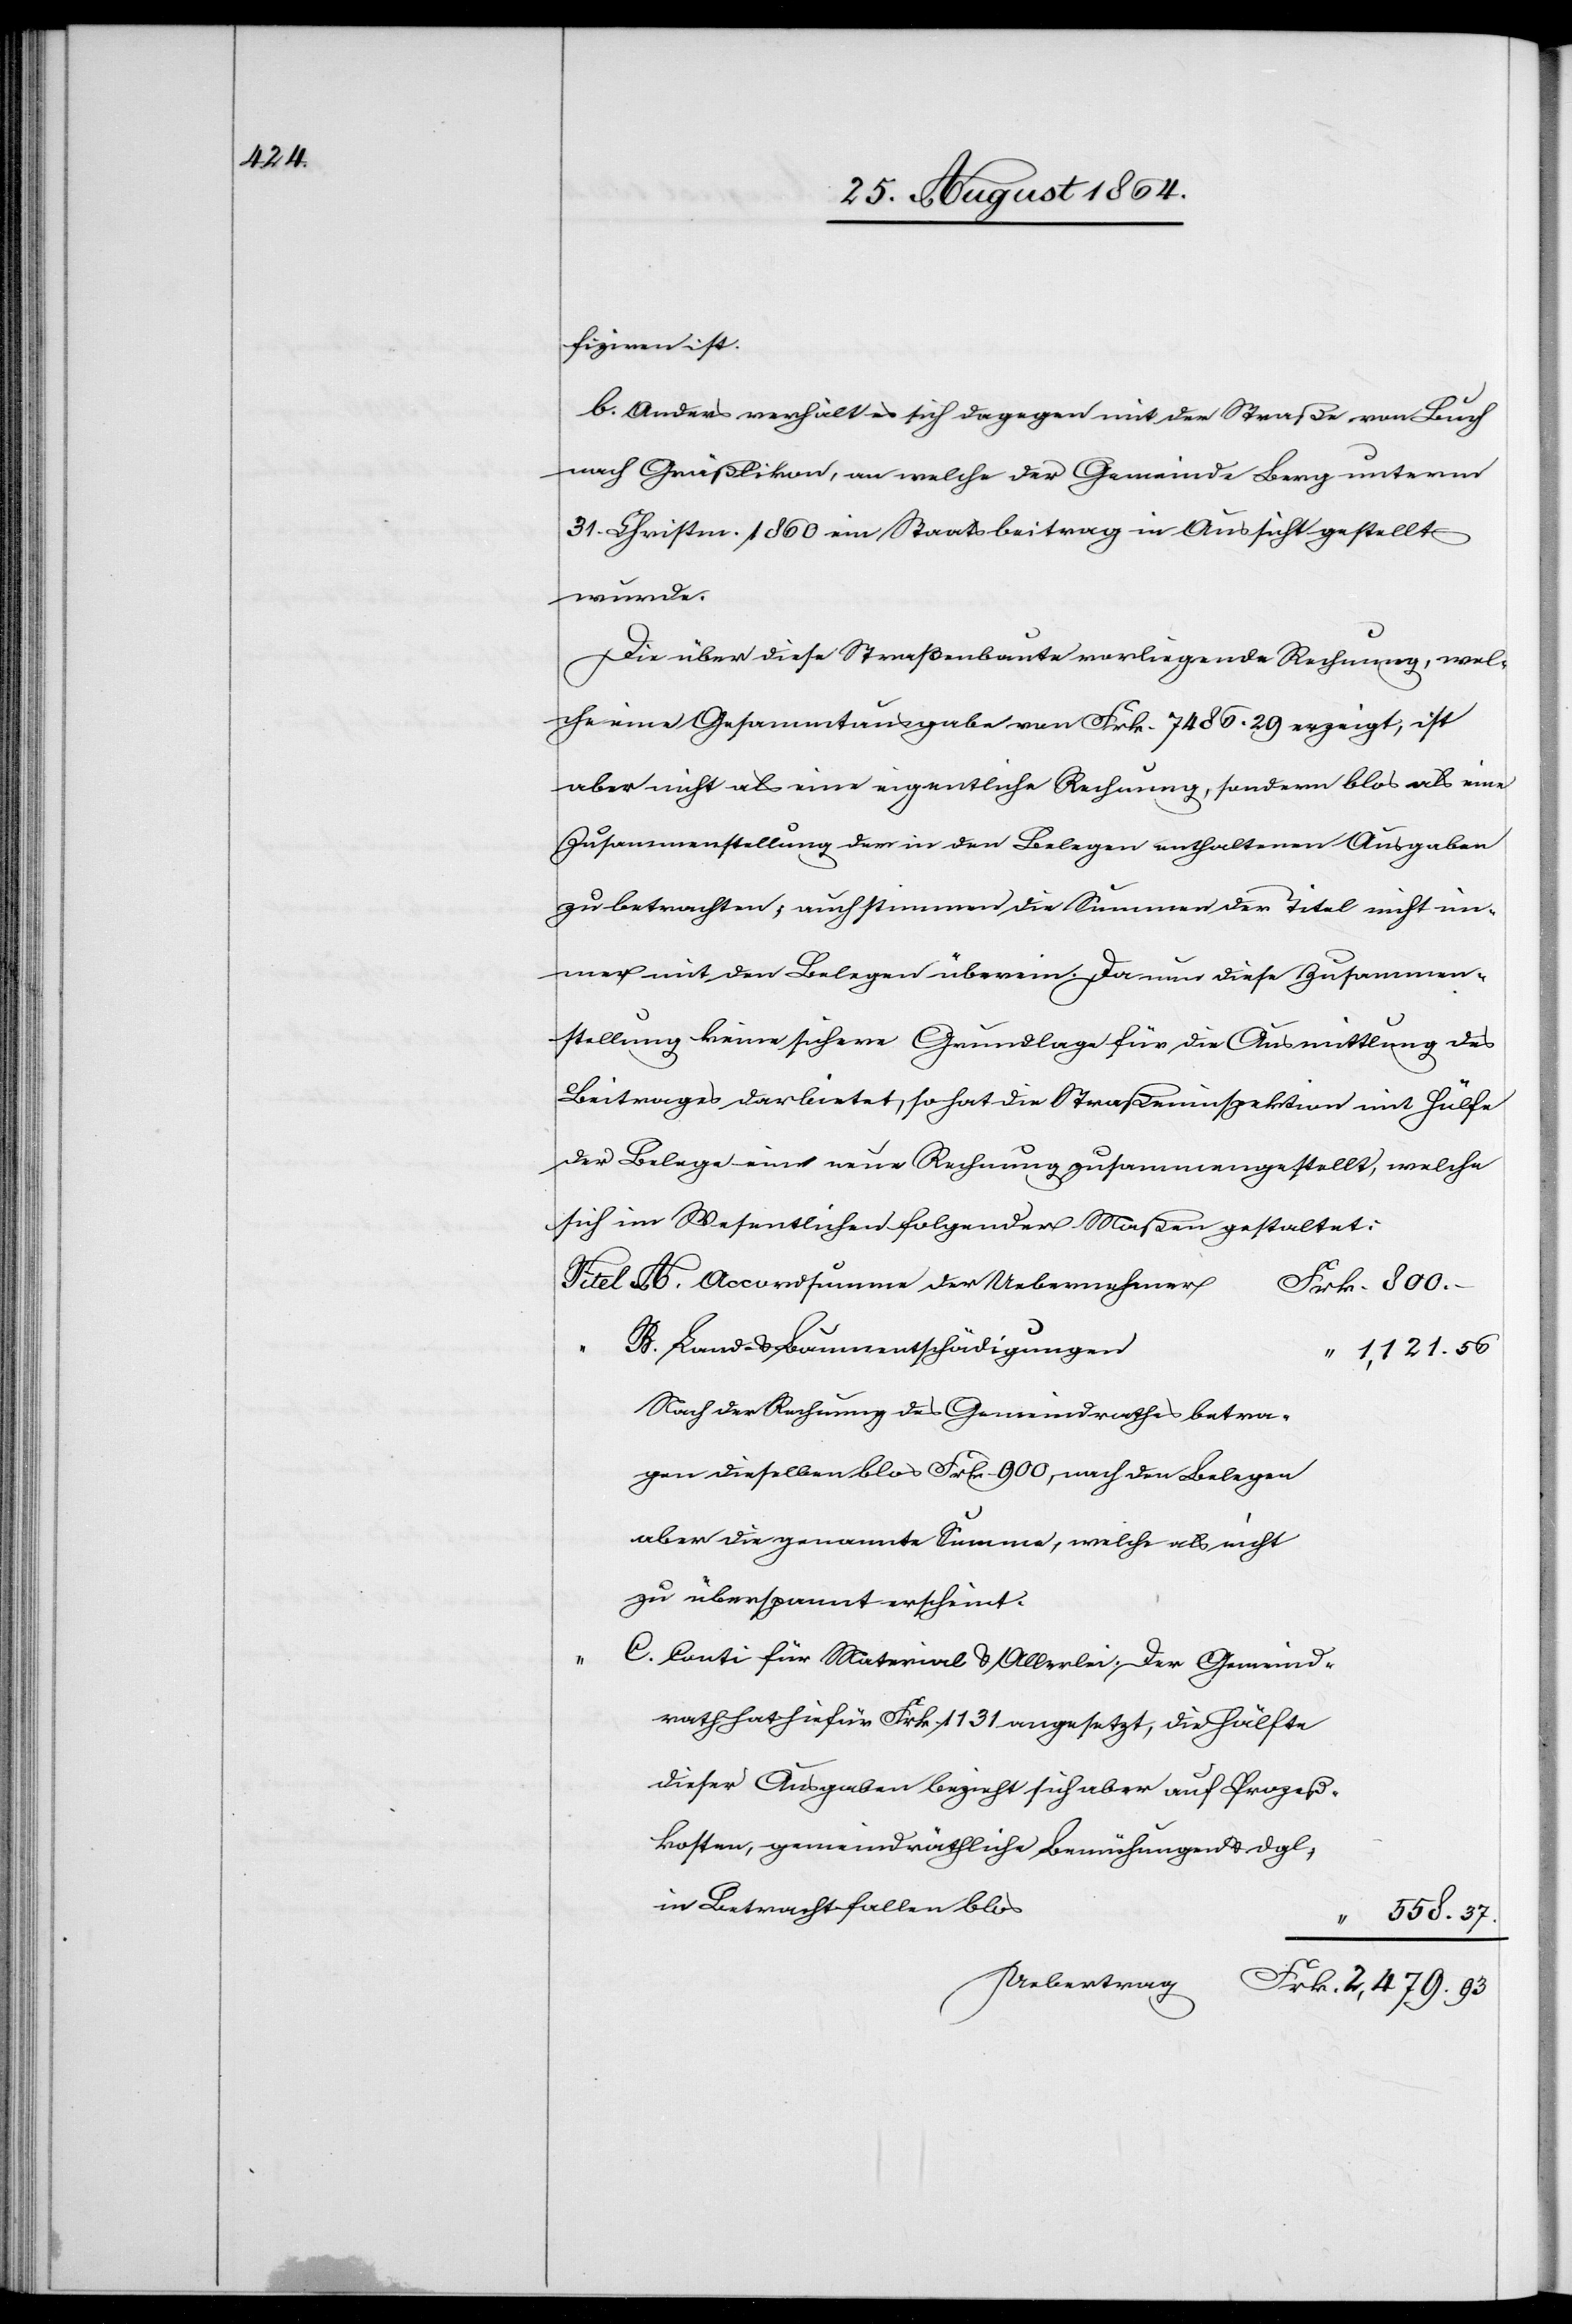
fiziren ist.
b. Anders verhält es sich dagegen mit der Straße von Buch
nach Gräßlikon, an welche der Gemeinde Berg unterm
31. Christm. 1860 ein Staatsbeitrag in Aussicht gestellt
wurde.
Die über diese Straßenbaute vorliegende Rechnung, wel¬
che eine Gesammtausgabe von Frk. 7486.29 erzeigt, ist
aber nicht als eine eigentliche Rechnung, sondern blos als eine
Zusammenstellung der in den Belegen enthaltenen Ausgaben
zu betrachten; auch stimmen die Summen der Titel nicht im¬
mer mit den Belegen überein. Da nun diese Zusammen¬
stellung keine sichere Grundlage für die Ausmittelung des
Beitrages darbietet, so hat die Straßeninspektion mit Hülfe
der Belege eine neue Rechnung zusammengestellt, welche
sich im Wesentlichen folgender Maßen gestaltet:
Accordsumme der Uebernehmer
Land- & Baumentschädigungen
1,121.56
Nach der Rechnung des Gemeindrathes betra¬
gen dieselben blos Frk. 900, nach den Belegen
aber die genannte Summe, welche als nicht
zu überspannt erscheint.
Conti für Material & Allerlei. Der Gemeind¬
rath hat hiefür Frk. 1131 angesetzt, die Hälfte
dieser Ausgaben bezieht sich aber auf Prozeß¬
kosten, gemeindräthliche Bemühungen & dgl.,
in Betracht fallen blos
558.37.
“